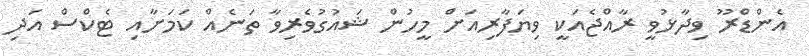
އެންޑްރޫ ވިދާޅުވީ ރާއްޖެއަކީ ވިޔަފާރިއަށް މީހުން ޝައުގުވެރިވާ ތަނެއް ކަމަށާއި ޓެކްސް އަދި